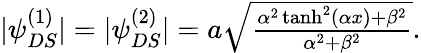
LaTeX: \begin{array}{r}{|\psi_{DS}^{(1)}|=|\psi_{DS}^{(2)}|=a\sqrt{\frac{\alpha^{2}\operatorname{tanh}^{2}(\alpha x)+\beta^{2}}{\alpha^{2}+\beta^{2}}}.}\end{array}